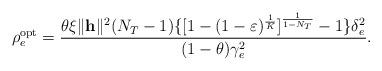
LaTeX: \begin{align*}\rho_{e}^{\textrm{opt}} = \frac{\theta \xi \| \mathbf{h} \|^{2} (N_{T} - 1) \{ [1 - (1-\varepsilon)^{\frac{1}{K}} ]^{\frac{1}{1-N_{T}}} - 1 \} \delta_{e}^{2} }{(1-\theta)\gamma_{e}^{2}}.\end{align*}